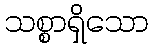
သစ္စာရှိသော